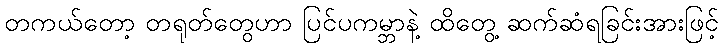
တကယ်တော့ တရုတ်တွေဟာ ပြင်ပကမ္ဘာနဲ့ ထိတွေ့ ဆက်ဆံရခြင်းအားဖြင့်